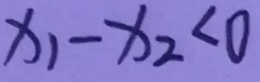
x _ { 1 } - x _ { 2 } < 0